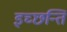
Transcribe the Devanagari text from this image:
इच्छन्ति